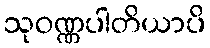
သုဝဏ္ဏပါတိယာပိ